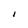
Character: I